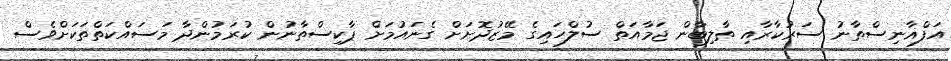
އަފްޣާނިސްތާނު ސަރުކާރާއި ތާލިބާން ޖަމާއަތް ސުލްހައިގެ މޭޒުދޮށަށް ގެނައުމަށް ޕާކިސްތާނުން ކުރަމުންދާ މަސައްކަތްތަކަށްވެސް